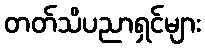
တတ်သိပညာရှင်များ